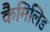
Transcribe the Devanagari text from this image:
कैमिलिड